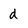
Character: d